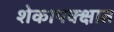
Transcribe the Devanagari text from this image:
शेकापक्क्षात